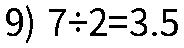
9) 7÷2=3.5